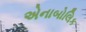
એનાબોલિક